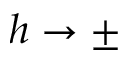
h \rightarrow \pm